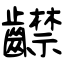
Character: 齽